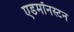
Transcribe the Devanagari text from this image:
एडमॉनस्टन